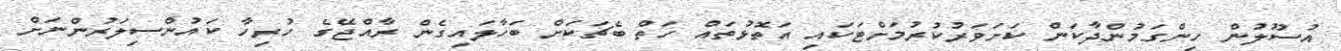
އުސޫލުން ހިންގަމުންދާކަން ކަށަވަރުކުރުމަށްޓަކައި އަތޮޅުތައް ހަތް ބެޗަކަށް ބަހާލައިގެން ރާއްޖޭގެ ހުރިހާ ކައުންސިލަރުންނަށް